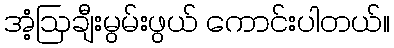
အံ့ဩချီးမွမ်းဖွယ် ကောင်းပါတယ်။